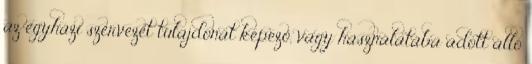
az egyházi szervezet tulajdonát képező, vagy használatába adott álló